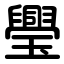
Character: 璺